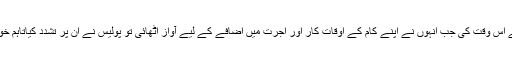
اس دن کی ابتدا نیویارک کی ایک فیکٹری میں 10 گھنٹے کام کرنے والی خواتین نے اس وقت کی جب انہوں نے اپنے کام کے اوقات کار اور اجرت میں اضافے کے لیے آواز اٹھائی تو پولیس نے ان پر تشدد کیاتاہم خواتین نے جبری مشقت کے خلاف تحریک جاری رکھی اور احتجاجی مظاہرے کیے۔